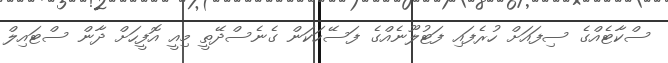
ސްކާޓެއްގެ ސިފައަށް ހުރެފައި ފަޓުލޫނެއްގެ ފަސޭހަކަން ގެނެސްދޭތީ މިއީ އޮފީހަށް ދާން ސްޓައިލް